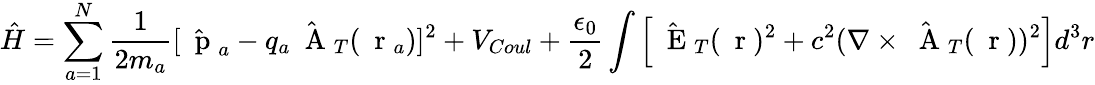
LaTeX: \hat{H}=\sum_{a=1}^{N}\frac{1}{2m_{a}}[\hat{\mathrm{~\mathbf~p~}}_{a}-q_{a}\hat{\mathrm{~\mathbf~A~}}_{T}(\mathrm{~\mathbf~r~}_{a})]^{2}+V_{Coul}+\frac{\epsilon_{0}}{2}\int\left[\hat{\mathrm{~\mathbf~E~}}_{T}(\mathrm{~\mathbf~r~})^{2}+c^{2}(\nabla\times\hat{\mathrm{~\mathbf~A~}}_{T}(\mathrm{~\mathbf~r~}))^{2}\right]d^{3}r